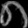
Digit: ၈